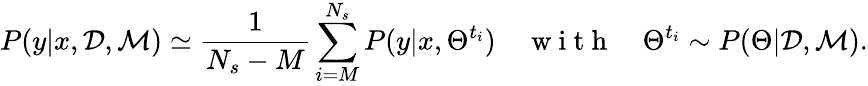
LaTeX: P(y|x,\mathcal{D},\mathcal{M})\simeq\frac{1}{N_{s}-M}\sum_{i=M}^{N_{s}}P(y|x,\Theta^{t_{i}})\quad\mathrm{~w~i~t~h~}\quad\Theta^{t_{i}}\sim P(\Theta|\mathcal{D},\mathcal{M}).